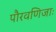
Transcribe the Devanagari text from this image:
पौरवणिजाः